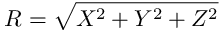
R = \sqrt { X ^ { 2 } + Y ^ { 2 } + Z ^ { 2 } }